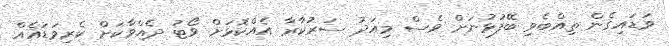
ވަޑައިގެން ތިއްބެވި ބޭފުޅުނަށް ވެސް މިއަދު ސަރުކާރާ އެއްކޮޅަށް ވޯޓު ދެއްވާކަށް ކެރިވަޑައެއް